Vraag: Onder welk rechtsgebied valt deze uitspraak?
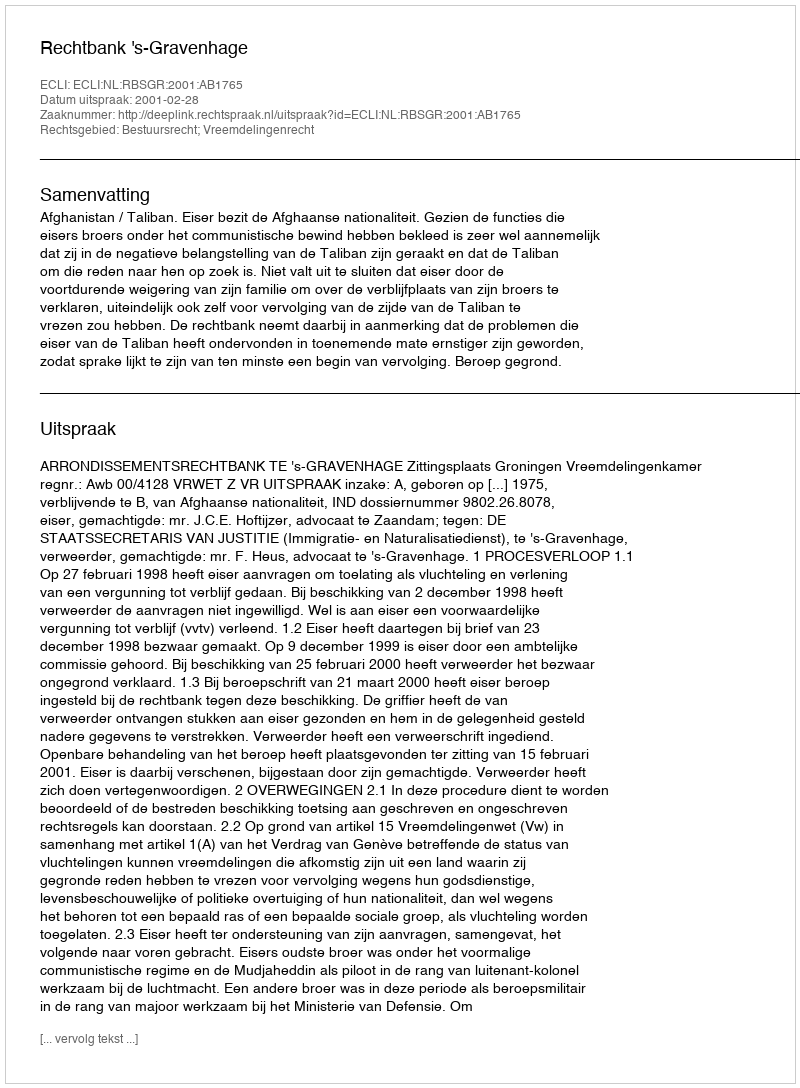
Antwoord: Bestuursrecht; Vreemdelingenrecht